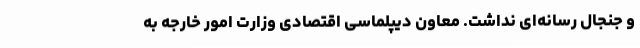
و جنجال رسانه‌ای نداشت. معاون دیپلماسی اقتصادی وزارت امور خارجه به